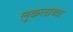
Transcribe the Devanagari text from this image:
लुकलाच्या